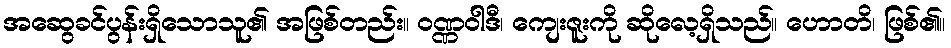
အဆွေခင်ပွန်းရှိသောသူ၏ အဖြစ်တည်း။ ဝဏ္ဏဝါဒီ၊ ကျေးဇူးကို ဆိုလေ့ရှိသည်။ ဟောတိ၊ ဖြစ်၏။